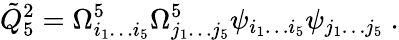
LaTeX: {\tilde{Q}}_{5}^{2}=\Omega_{i_{1}\dots i_{5}}^{5}\Omega_{j_{1}\dots j_{5}}^{5}\psi_{i_{1}\dots i_{5}}\psi_{j_{1}\dots j_{5}}\ .